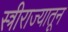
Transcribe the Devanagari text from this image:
स्त्रीराज्यातून